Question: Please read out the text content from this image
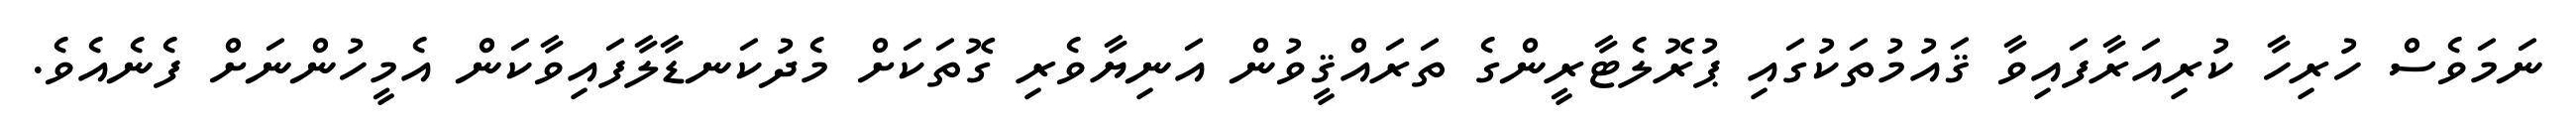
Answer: ނަމަވެސް ހުރިހާ ކުރިއަރާފައިވާ ޤައުމުތަކުގައި ޕުރޮލެޓާރީންގެ ތަރައްޤީވުން އަނިޔާވެރި ގޮތަކަށް މެދުކަނޑާލާފައިވާކަން އެމީހުންނަށް ފެނެއެވެ.